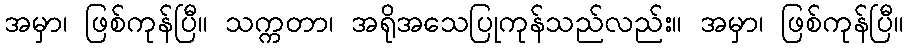
အမှာ၊ ဖြစ်ကုန်ပြီ။ သက္ကတာ၊ အရိုအသေပြုကုန်သည်လည်း။ အမှာ၊ ဖြစ်ကုန်ပြီ။